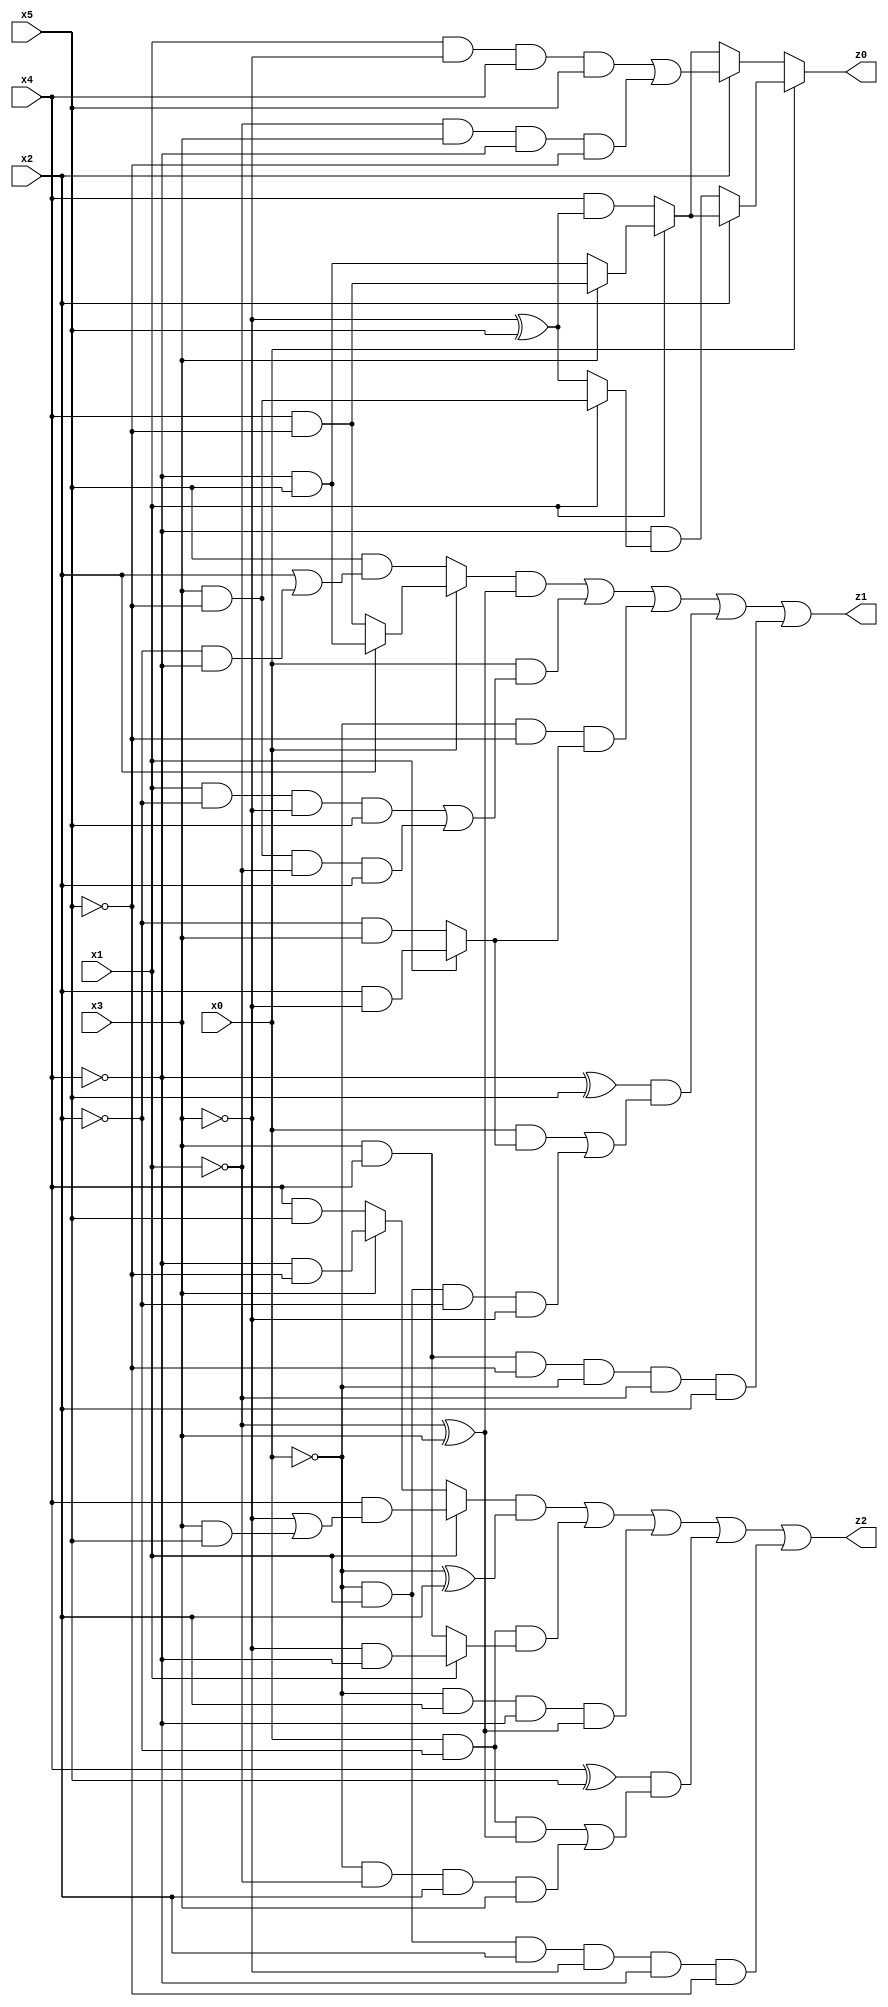
// Benchmark "q_4" written by ABC on Mon Jul 10 23:32:55 2023

module q_4 ( 
    x0, x1, x2, x3, x4, x5,
    z0, z1, z2  );
  input  x0, x1, x2, x3, x4, x5;
  output z0, z1, z2;
  assign z0 = x0 ? (x2 ? (x1 ? (x3 ? (x4 & ~x5) : (~x4 & x5)) : (x4 & (~x3 ^ x5))) : (~x4 & (x1 ? (x3 & ~x5) : (~x3 ^ x5)))) : (x2 ? ((x1 & ~x3 & x4 & x5) | (~x1 & x3 & ~x4 & ~x5)) : (x1 ? (x3 ? (x4 & ~x5) : (~x4 & x5)) : (x4 & (~x3 ^ x5))));
  assign z1 = ((x0 ? (x2 ? (~x4 & x5) : (x4 & ~x5)) : (x5 & (x2 | (~x2 & ~x4)))) & (~x1 ^ x3)) | (x0 & ((x1 & ~x2 & ~x3 & x5) | (x3 & ~x5 & ~x1 & x2))) | (~x0 & ~x5 & (x1 ? (x2 & ~x3) : (~x2 & x3))) | ((~x4 ^ x5) & ((x0 & (x1 ? (x2 & ~x3) : (~x2 & x3))) | (~x0 & x1 & ~x2 & ~x3))) | (x3 & x4 & ~x5 & ~x0 & ~x1 & x2);
  assign z2 = ((x1 ? (x4 & (~x3 | (x3 & x5))) : (x3 ? (~x4 & ~x5) : (x4 & x5))) & (~x0 ^ x2)) | (x0 & ~x2 & (x1 ? (~x3 & ~x4) : (x3 & x4))) | (~x0 & x2 & ~x4 & (~x1 ^ x3)) | ((x4 ^ x5) & ((x0 & ~x2 & (~x1 ^ x3)) | (~x0 & ~x1 & x2 & x3))) | (~x0 & x1 & x2 & ~x3 & ~x4 & ~x5);
endmodule